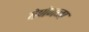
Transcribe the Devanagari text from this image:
बेणेमळा